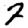
Digit: 7